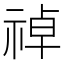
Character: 𫀑